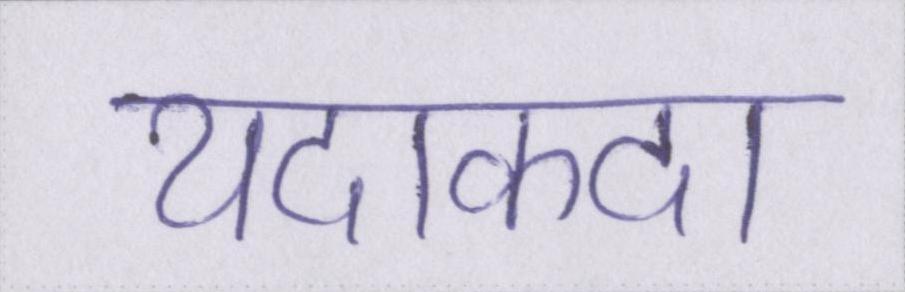
यदाकदा